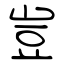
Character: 豈